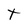
Character: t